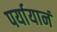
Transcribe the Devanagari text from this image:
पर्यायानं